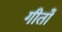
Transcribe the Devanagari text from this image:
गीतों